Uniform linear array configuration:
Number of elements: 4
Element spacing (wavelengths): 1
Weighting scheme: hann
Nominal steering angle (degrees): -60
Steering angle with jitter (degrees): -58.375
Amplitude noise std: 0.05
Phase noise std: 0.05

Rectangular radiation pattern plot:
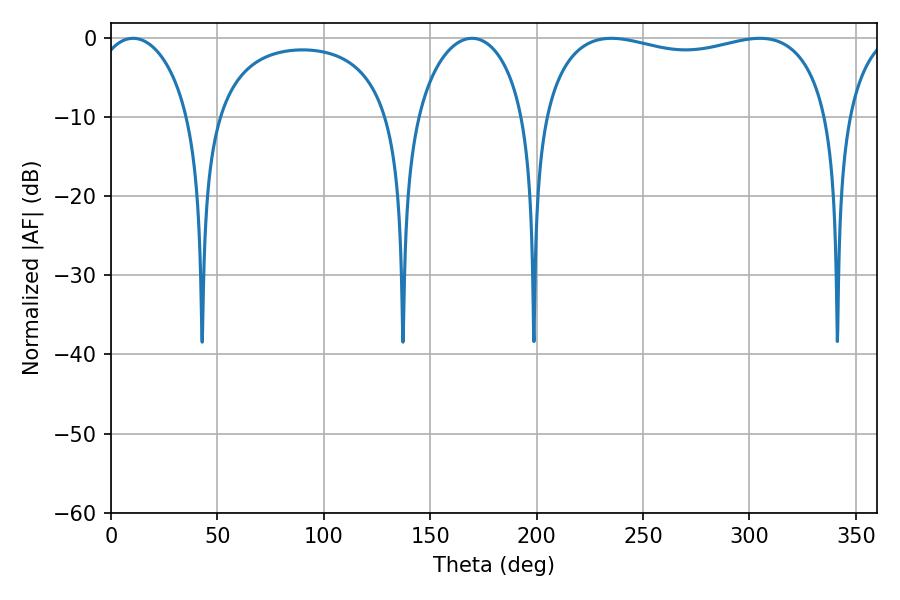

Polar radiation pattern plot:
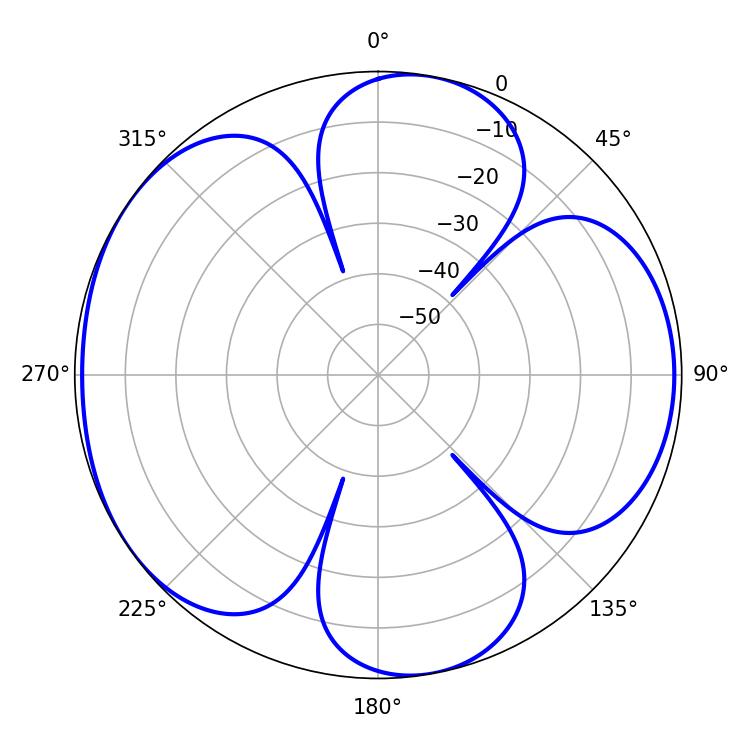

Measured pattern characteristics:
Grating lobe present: TRUE
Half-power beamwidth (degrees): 110.16
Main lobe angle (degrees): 235.08